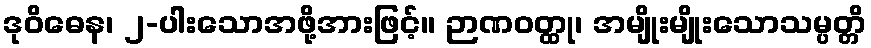
ဒုဝိဓေန၊ ၂-ပါးသောအဖို့အားဖြင့်။ ဉာဏဝတ္ထု၊ အမျိုးမျိုးသောသမ္ပတ္တိ